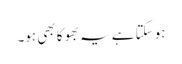
ہو سکتا ہے یہ بھوکا بھی ہو۔